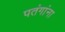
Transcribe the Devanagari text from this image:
पतंगांना